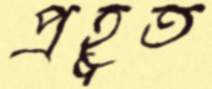
প্রহূত